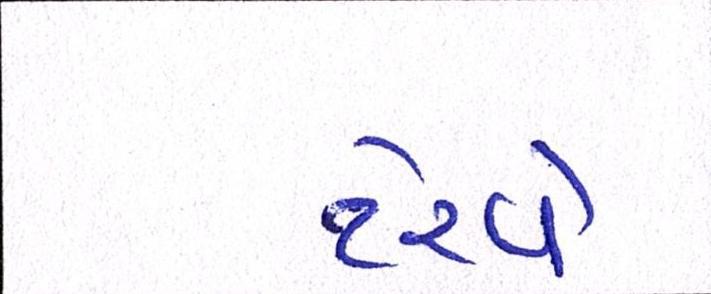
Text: ટેરવે